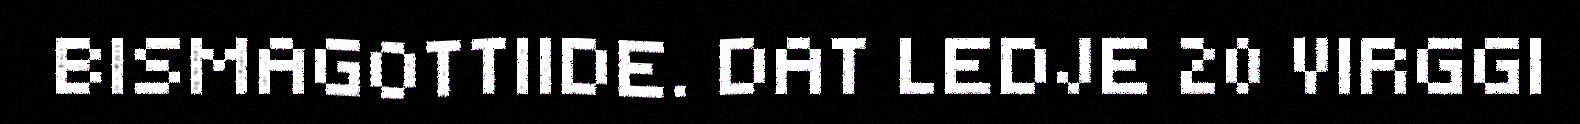
BISMAGOTTIIDE. DAT LEDJE 20 VIRGGI